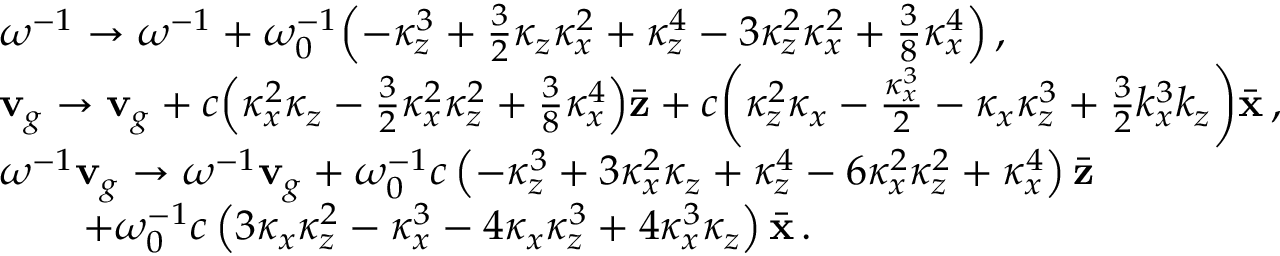
\begin{array} { r l } & { \omega ^ { - 1 } \to \omega ^ { - 1 } + \omega _ { 0 } ^ { - 1 } \! \left( - \kappa _ { z } ^ { 3 } + \frac { 3 } { 2 } \kappa _ { z } \kappa _ { x } ^ { 2 } + \kappa _ { z } ^ { 4 } - 3 \kappa _ { z } ^ { 2 } \kappa _ { x } ^ { 2 } + \frac { 3 } { 8 } \kappa _ { x } ^ { 4 } \right) , } \\ & { { \bf v } _ { g } \to { \bf v } _ { g } + c \! \left( \kappa _ { x } ^ { 2 } \kappa _ { z } - \frac { 3 } { 2 } \kappa _ { x } ^ { 2 } \kappa _ { z } ^ { 2 } + \frac { 3 } { 8 } \kappa _ { x } ^ { 4 } \right) \! \bar { \bf z } + c \! \left( \kappa _ { z } ^ { 2 } \kappa _ { x } - \frac { \kappa _ { x } ^ { 3 } } { 2 } - \kappa _ { x } \kappa _ { z } ^ { 3 } + \frac { 3 } { 2 } k _ { x } ^ { 3 } k _ { z } \right) \! \bar { \bf x } \, , } \\ & { \omega ^ { - 1 } { \bf v } _ { g } \to \omega ^ { - 1 } { \bf v } _ { g } + \omega _ { 0 } ^ { - 1 } c \left( - \kappa _ { z } ^ { 3 } + 3 \kappa _ { x } ^ { 2 } \kappa _ { z } + \kappa _ { z } ^ { 4 } - 6 \kappa _ { x } ^ { 2 } \kappa _ { z } ^ { 2 } + \kappa _ { x } ^ { 4 } \right) \bar { \bf z } } \\ & { \qquad + \omega _ { 0 } ^ { - 1 } c \left( 3 \kappa _ { x } \kappa _ { z } ^ { 2 } - \kappa _ { x } ^ { 3 } - 4 \kappa _ { x } \kappa _ { z } ^ { 3 } + 4 \kappa _ { x } ^ { 3 } \kappa _ { z } \right) \bar { \bf x } \, . } \end{array}